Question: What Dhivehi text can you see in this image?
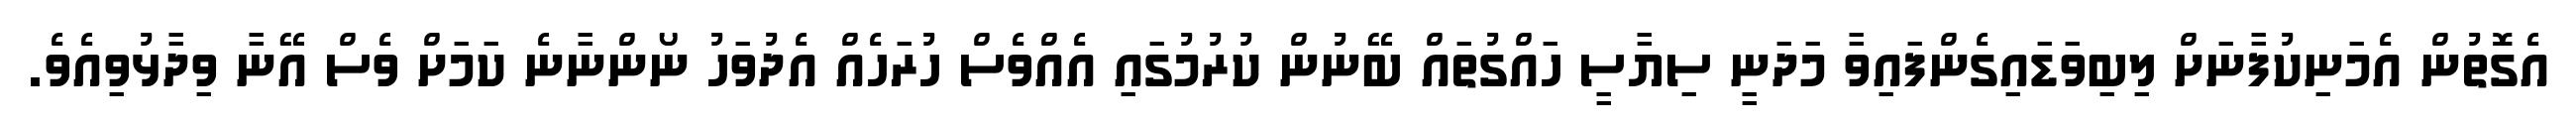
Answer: އެގޮތުން އެމަނިކުފާނަށް ލިބިވަޑައިގެންފައިވާ މަދަނީ ސިޔާސީ ހައްގުތައް ބޭނުން ކުރުމުގައި އެއްވެސް ހުރަހެއް އެދުވަހު ނޯންނާނެ ކަމަށް ވެސް އޭނާ ވިދާޅުވިއެވެ.